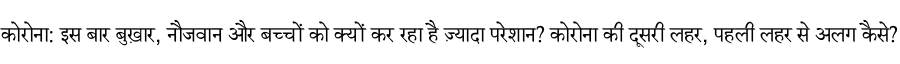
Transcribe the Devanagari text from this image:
कोरोना: इस बार बुख़ार, नौजवान और बच्चों को क्यों कर रहा है ज़्यादा परेशान? कोरोना की दूसरी लहर, पहली लहर से अलग कैसे?